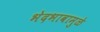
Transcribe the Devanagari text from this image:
भेदभावामुळे